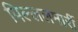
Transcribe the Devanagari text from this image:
पिल्‍ललमार्री